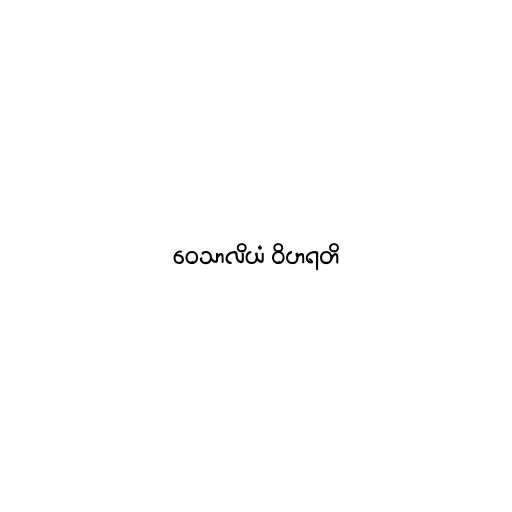
ဝေသာလိယံ ဝိဟရတိ